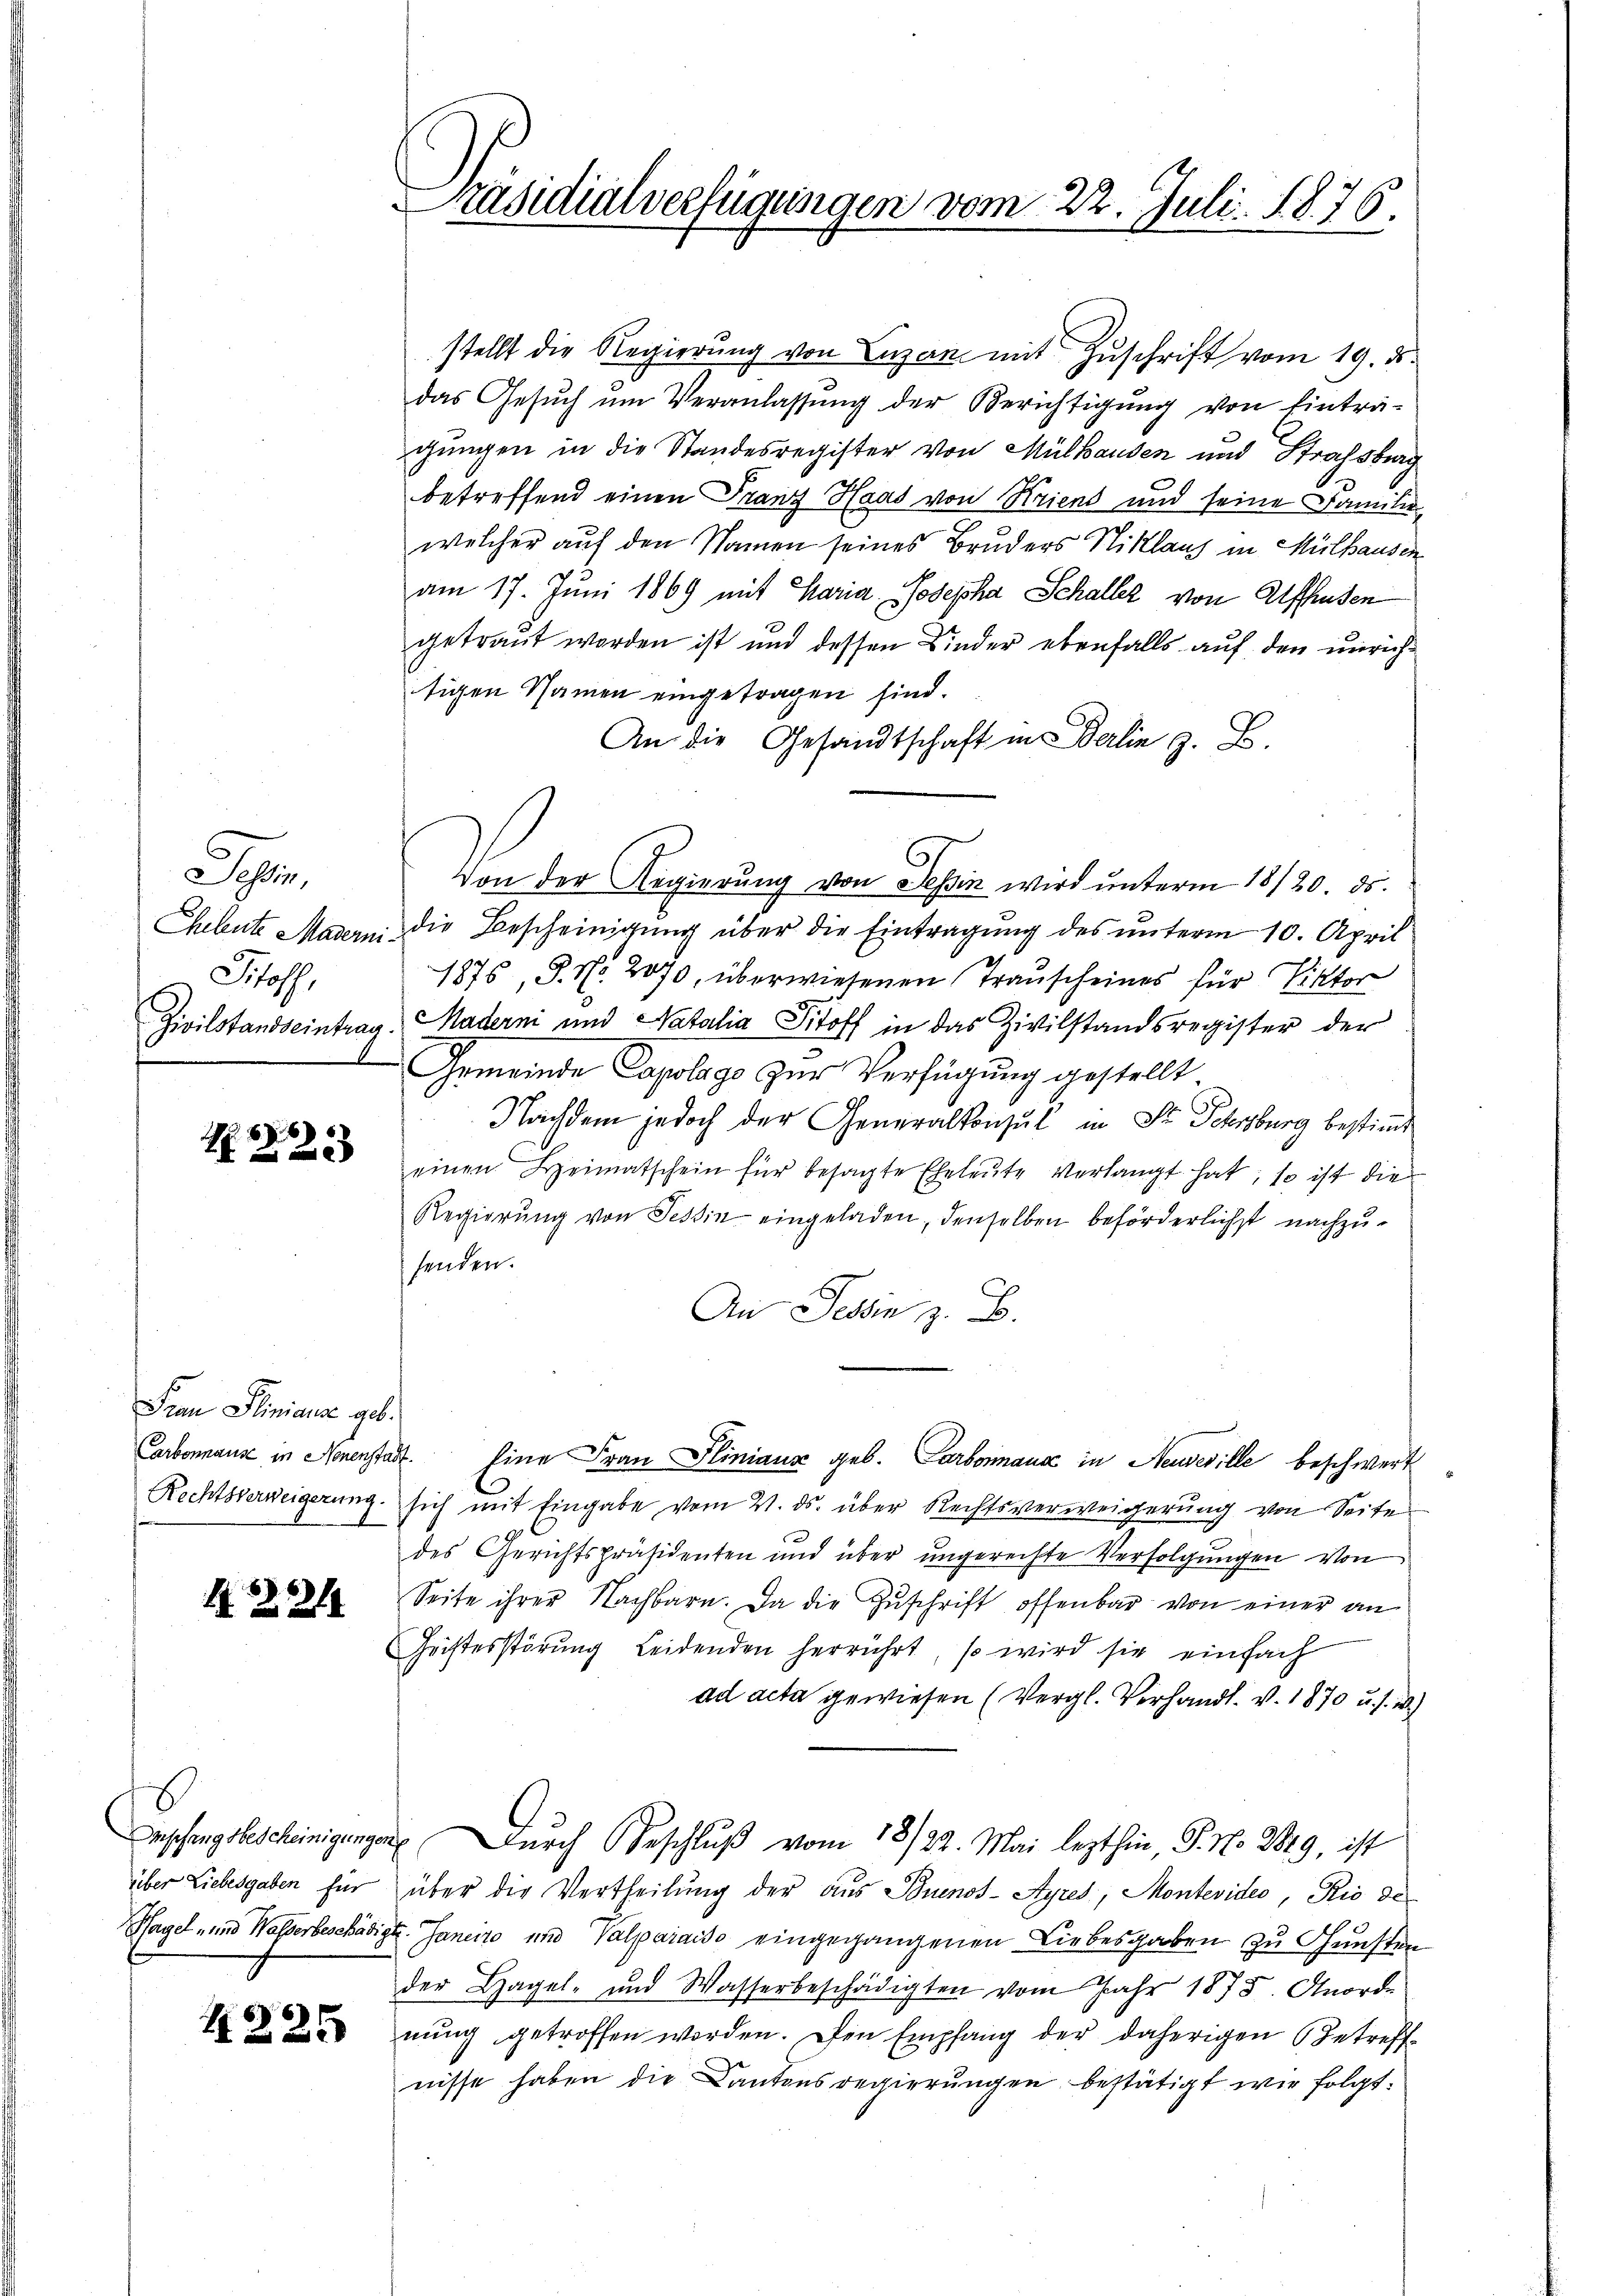
Schen
Stoff

N 225

Frau Pliniana geb.

22

6

Präsidialverfügungen vom 22. Juli 1876.
.

stellt die Regierŭng von Luzan mit Zŭschrift vom 19. ds.
das Gesŭch ŭm Veranlassŭng der Berichtigŭng von Einträ-
gungen in die Standesregister von Mülhausen und Strafstrag
betreffend einen Franz Haas von Kriend und seine Familie
welcher auf den Namen seines Bruders Niklanz in Mülhausen
am 17. Juni 1869 mit Maria Josepha Schaller von Affhausen
getraut worden ist und dessen Kinder ebenfalls auf den unrichtigen Namen eingetragen sind.
An die Gesandtschaft in Berlin z. B.
Von der Regierŭng von Tessin wird ŭnterm 18/20. ds.
Cheleute Maderni die Bescheinigŭng über die Eintragung des unterm 10. April
1875, S. No. 2070, überwiesenen Trauscheines für Viktor
Zivilstandseintrag, Maderni und Natalia Stoff in das Zivilstandsregister der
Gemeinde Capolago zur Verfügung gestellt
Nachdem jedoch der Generalkonsul in St. Sehrsburg bestimmt
einen Heimatschein für besagte Eheleute verlangt hat, so ist die
Regierŭng von Tessin eingeladen, denselben beförderlichst nachzusenden.
An Tessin z. B.
Carbomause in Neuenstadt. Eine Frau Pliniauz geb. Carbonaus in Neuveville beschwert
Rechtsverweigerŭng sich mit Eingabe vom 21. ds. über Rechtsverweigerŭng von Seiten
des Gerichtspräsidenten und über ungerechte Verfolgungen von
Seite ihrer Nachbarn. Da die Zŭschrift offenbar von einer an
Geistesstörung Leidenden herrührt, so wird sie einfach
ad acta gewiesen (Vergl. Verhandl. v. 1870 u. s. w.)
Anschungsbescheinigungen durch Beschluß vom 18/22. Mai lezthin, P. N. 2829, ist
über Liebesgaben für über die Vertheilung der aus Buenos-Ayres, Montevider, Rio de
Hagel- und Wasserbeschädigt. Janeiro und Valparaiso eingegangenen Liebesgaben zu Gunsten
der Hagel- und Wasserbeschädigten vom Jahr 1875. Anorde
 nŭng getroffen worden. Den Empfang der daherigen Betreff-
nisse haben die Kantonsregierungen bestätigt wir folgt.